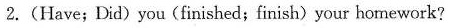
2.(Have; Did)you(finished;finish) your homework?